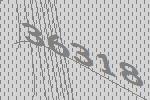
36318